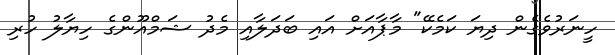
ހީނަރުވެގެން ދިޔަ ކަމެކޭ" މާޕާއަށް އައި ބަދަލާއި މެދު ޝަމްއޫންގެ ހިޔާލު ހުރި